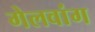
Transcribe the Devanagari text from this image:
गेलवांग